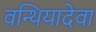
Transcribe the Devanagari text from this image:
वन्थियादेवा